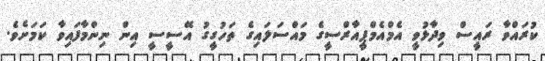
ކުރައްވާ ރައީސް ވިދާޅުވީ އެމްއެމްޕީއާރްސީގެ މައްސަލައިގެ ތަހުގީގު އޭސީސީ އިން ނިންމާފައިވާ ކަމަށެވެ.